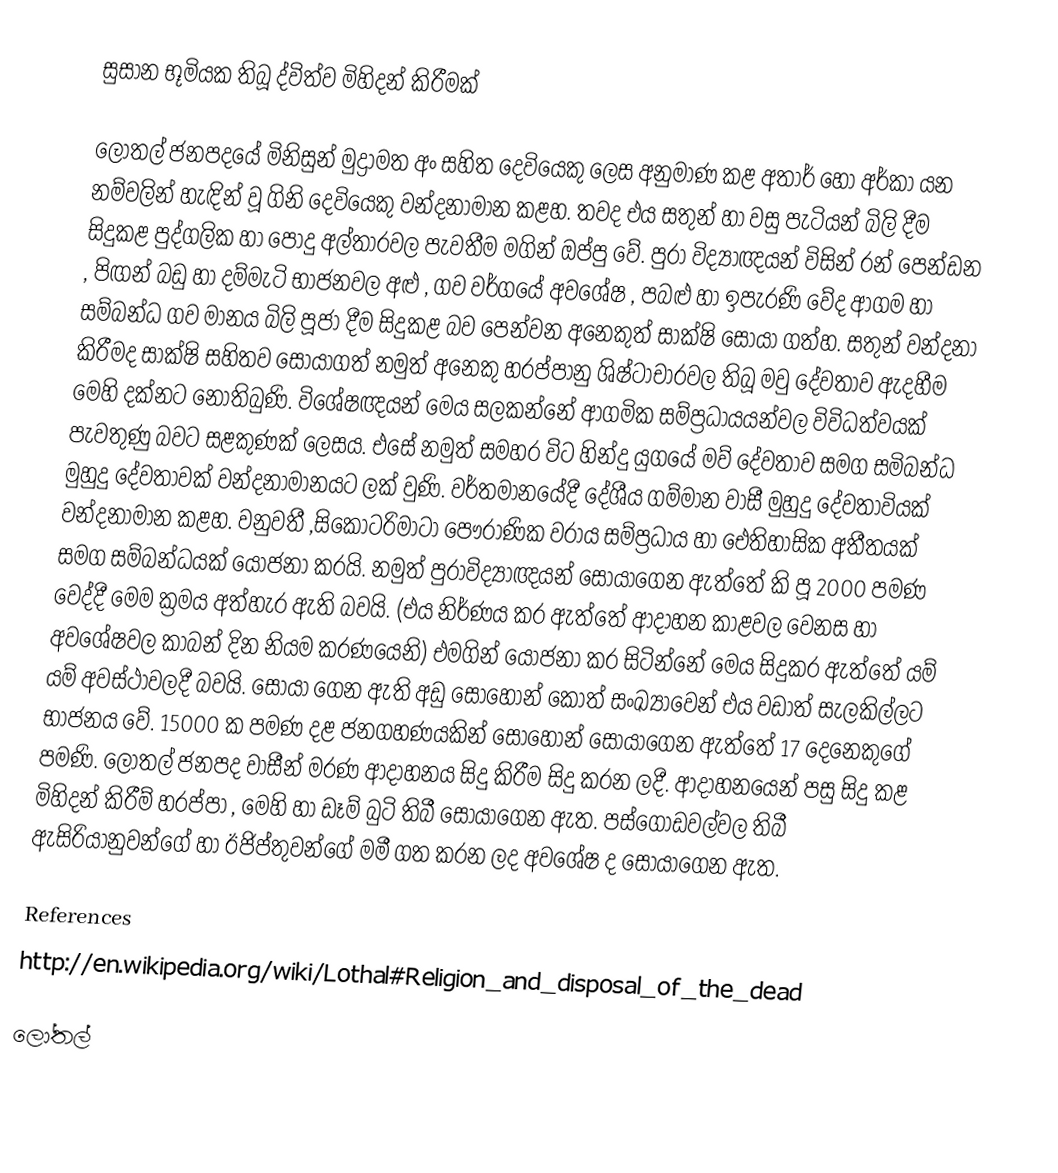
සුසාන භූමියක තිබූ ද්විත්ව මිහිදන් කිරීමක්

ලෝතල් ජනපදයේ මිනිසුන් මුද්‍රාමත අං සහිත දෙවියෙකු ලෙස අනුමාණ කළ අතාර් හෝ අර්කා යන නම්වලින් හැඳින් වූ ගිනි දෙවියෙකු වන්දනාමාන කළහ. තවද එය සතුන් හා වසු පැටියන් බිලි දීම සිදුකළ පුද්ගලික හා පොදු අල්තාරවල පැවතීම මගින් ඔප්පු වේ. පුරා විද්‍යාඥයන් විසින් රන් පෙන්ඩන , පිඟන් බඩු හා දම්මැටි භාජනවල අළු , ගව වර්ගයේ අවශේෂ , පබළු හා ඉපැරණි වේද ආගම හා සම්බන්ධ ගව මානය බිලි පූජා දීම සිදුකළ බව පෙන්වන අනෙකුත් සාක්ෂි සොයා ගත්හ. සතුන් වන්දනා කිරීමද සාක්ෂි සහිතව සොයාගත් නමුත් අනෙකු හරප්පානු ශිෂ්ටාචාරවල තිබූ මවු දේවතාව ඇදහීම මෙහි දක්නට නොතිබුණි. විශේෂඥයන් මෙය සලකන්නේ ආගමික සම්ප්‍රධායයන්වල විවිධත්වයක් පැවතුණු බවට සළකුණක් ලෙසය. එ‍සේ නමුත් සමහර විට හින්දු යුගයේ මව් දේවතාව සමග සමිබන්ධ මුහුදු දේවතාවක් වන්දනාමානයට ලක් වුණි. වර්තමානයේදී දේශීය ගම්මාන වාසී මුහුදු දේවතාවියක් වන්දනාමාන කළහ. වනුවතී ,සිකොටරිමාටා පෞරාණික වරාය සම්ප්‍රධාය හා ‍ඓතිහාසික අතීතයක් සමග සම්බන්ධයක් යෝජනා කරයි. නමුත් පුරාවිද්‍යාඥයන් සොයාගෙන ඇත්තේ කි පූ 2000 පමණ වෙද්දී මෙම ක්‍රමය අත්හැර ඇති බවයි. (එය නිර්ණය කර ඇත්තේ ආදාහන කාළවල වෙනස හා අවශේෂවල කාබන් දින නියම කරණයෙනි) එමගින් යෝජනා කර සිටින්නේ මෙය සිදුකර ඇත්තේ යම් යම් අවස්ථාවලදී බවයි. සොයා ගෙන ඇති අඩු සොහොන් කොත් සංඛ්‍යාවෙන් එය වඩාත් සැලකිල්ලට භාජනය වේ. 15000 ක පමණ දළ ජනගහණයකින් සොහොන් සොයාගෙන ඇත්තේ 17 දෙනෙකුගේ පමණි. ලෝතල් ජනපද වාසීන් මරණ ආදාහනය සිදු කිරීම සිදු කරන ලදී. ආදාහනයෙන් පසු සිදු කළ මිහිදන් කිරීම් හරප්පා , මෙහි හා ඩෑම් බුටි තිබී සොයාගෙන ඇත. පස්ගොඩවල්වල තිබී ඇසිරියානුවන්ගේ හා ඊජිප්තුවන්ගේ මමී ගත කරන ලද අවශේෂ ද සොයාගෙන ඇත.

References
http://en.wikipedia.org/wiki/Lothal#Religion_and_disposal_of_the_dead

ලෝතල්